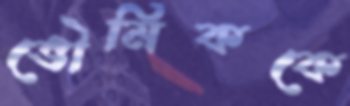
ভৌমিককে